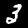
Digit: 3